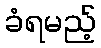
ခံရမည့်